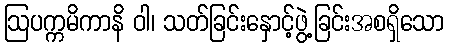
ဩပက္ကမိကာနိ ဝါ၊ သတ်ခြင်းနှောင့်ဖွဲ့ခြင်းအစရှိသော